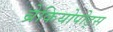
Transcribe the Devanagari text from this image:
ब्रेकियोपोड्स